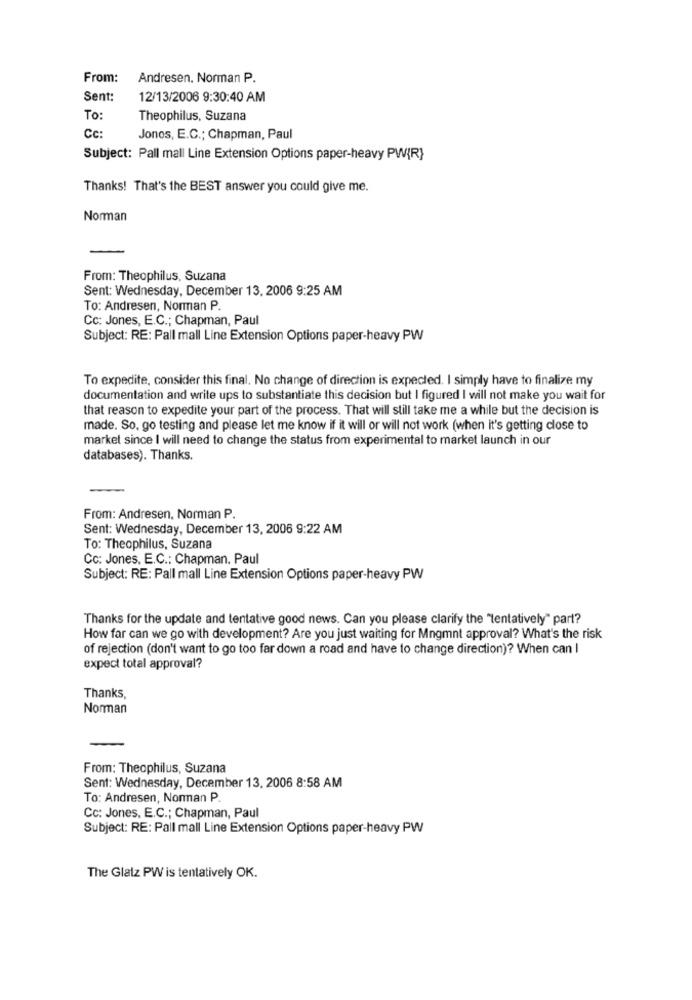
From:
Andresen. Norman P.
Sent:
12/13/2006 9:30:40 AM
To:
Theophilus, Suzana
Cc
Jones, E.C .; Chapman, Paul
Subject: Pall mall Line Extension Options paper-heavy PW{R}
Thanks! That's the BEST answer you could give me.
Norman
From: Theophilus, Suzana
Sent: Wednesday, December 13, 2006 9:25 AM
To: Andresen, Norman P.
Cc: Jones, E.C .; Chapman, Paul
Subject: RE: Pall mall Line Extension Options paper-heavy PW
To expedite, consider this final. No change of direction is expected. I simply have to finalize my
documentation and write ups to substantiate this decision but I figured I will not make you wait for
that reason to expedite your part of the process. That will still take me a while but the decision is
made. So, go testing and please let me know if it will or will not work (when it's getting close to
market since I will need to change the status from experimental to market launch in our
databases). Thanks.
From: Andresen, Norman P.
Sent: Wednesday, December 13, 2006 9:22 AM
To: Theophilus, Suzana
Cc: Jones, E.C .: Chapman. Paul
Subject: RE: Pall mall Line Extension Options paper-heavy PW
Thanks for the update and tentative good news. Can you please clarify the "tentatively" part?
How far can we go with development? Are you just waiting for Mngmnt approval? What's the risk
of rejection (don't want to go too far down a road and have to change direction)? When can I
expect total approval?
Thanks,
Norman
From: Theophilus, Suzana
Sent: Wednesday, December 13, 2006 8:58 AM
To: Andresen, Norman P.
Cc: Jones, E.C .; Chapman, Paul
Subject: RE: Pall mall Line Extension Options paper-heavy PW
The Glatz PW is tentatively OK.